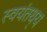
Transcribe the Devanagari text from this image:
स्वयंतथ्‌य